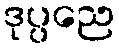
ဒုပ္ပညေ